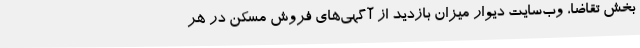
بخش تقاضا، وب‌سایت دیوار میزان بازدید از آگهی‌های فروش مسکن در هر